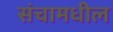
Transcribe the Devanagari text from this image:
संचामधील